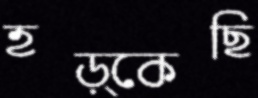
হড়্‌কেছি